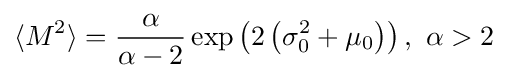
{\begin{aligned}\langle M^{2}\rangle ={\frac {\alpha }{\alpha -2}}\exp \left(2\left(\sigma _{0}^{2}+\mu _{0}\right)\right),\ \alpha >2\end{aligned}}